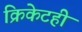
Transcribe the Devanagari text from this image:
क्रिकेटही